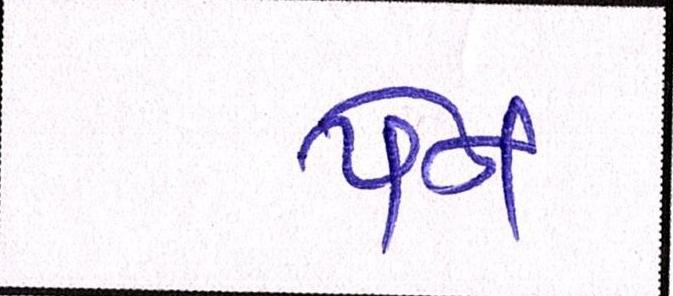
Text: પેન